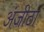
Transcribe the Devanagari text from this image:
अंजीठा